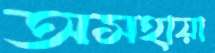
অসহায়া